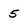
Character: 5